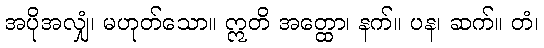
အပိုအလျှံ၊ မဟုတ်သော။ ဣတိ အတ္ထော၊ နက်။ ပန၊ ဆက်။ တံ၊